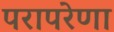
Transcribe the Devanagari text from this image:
परापरेणा